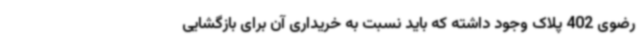
رضوی 402 پلاک وجود داشته که باید نسبت به خریداری آن برای بازگشایی